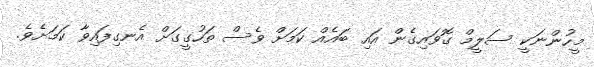
މީހުންނަކީ ސަލީމް ގޮވައިގެން އައި ބައެއް ކަމަށް ވެސް ތަހުގީގަށް އެނގިފައިވާ ކަމަށެވެ.